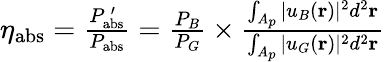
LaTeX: \begin{array}{r}{\eta_{\mathrm{abs}}=\frac{P_{\mathrm{abs}}^{\, \prime}}{P_{\mathrm{abs}}}=\frac{P_{B}}{P_{G}}\times\frac{\int_{A_{p}}\vert u_{B}(\mathbf{r})\vert^{2}d^{2}\mathbf{r}}{\int_{A_{p}}\vert u_{G}(\mathbf{r})\vert^{2}d^{2}\mathbf{r}}}\end{array}